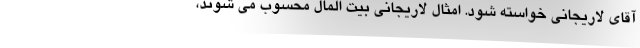
آقای لاریجانی خواسته شود. امثال لاریجانی بیت المال محسوب می شوند،